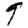
Digit: 9